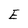
Character: E